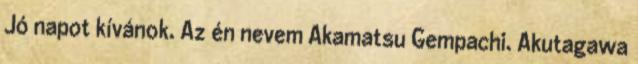
Jó napot kívánok. Az én nevem Akamatsu Gempachi. Akutagawa